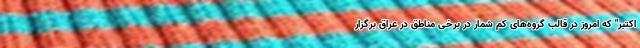
اکتبر" که امروز در قالب گروه‌های کم شمار در برخی مناطق در عراق برگزار